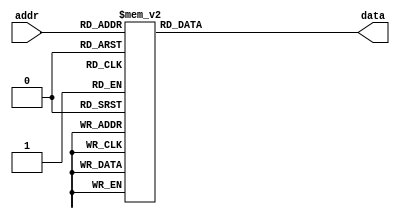
module rom (input wire [5:0] addr, output reg [7:0] data);
    always @(addr) begin
        case(addr)
            6'b000000: data = 8'b00000000; // mwhahahahaha
            6'b000001: data = 8'b01000101; // E
            6'b000010: data = 8'b01001110; // N
            6'b000011: data = 8'b01000111; // G
            6'b000100: data = 8'b01001001; // I
            6'b000101: data = 8'b01001110; // N
            6'b000110: data = 8'b01000101; // E
            6'b000111: data = 8'b01000101; // E
            6'b001000: data = 8'b01010010; // R
            6'b001001: data = 8'b01001001; // I
            6'b001010: data = 8'b01001110; // N
				6'b001011: data = 8'b01000111; // G
				6'b001100: data = 8'b00100000;
            6'b001101: data = 8'b01000001; // A
            6'b001110: data = 8'b01010011; // S
            6'b001111: data = 8'b01010011; // S
            6'b010000: data = 8'b01001001; // I
            6'b010001: data = 8'b01000111; // G
            6'b010010: data = 8'b01001110; // N
            6'b010011: data = 8'b01001101; // M
            6'b010100: data = 8'b01000101; // E
            6'b010101: data = 8'b01001110; // N
				6'b010110: data = 8'b01010100; // T
				6'b010111: data = 8'b00100000;
            6'b011000: data = 8'b01010011; // S
            6'b011001: data = 8'b01010100; // T
            6'b011010: data = 8'b01010101; // U
            6'b011011: data = 8'b01000100; // D
            6'b011100: data = 8'b01000101; // E
            6'b011101: data = 8'b01001110; // N
				6'b011110: data = 8'b01010100; // T
				6'b011111: data = 8'b00100000;
            6'b100000: data = 8'b01000110; // F
            6'b100001: data = 8'b01010000; // P
            6'b100010: data = 8'b01000111; // G
				6'b100011: data = 8'b01000001; // A
				6'b100100: data = 8'b00100000;
            default: data = 8'b00000000;
        endcase
    end
endmodule